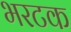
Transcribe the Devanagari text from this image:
भरटक